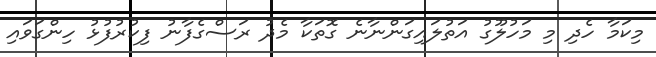
މިކަމާ ހެދި މި މަހުލޫގު އަތުލައިގަންނާނެ ގޮތަކާ މެދު ރަސްގެފާނު ފިކުރުފުޅު ހިންގަވައި